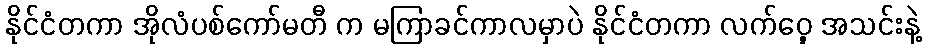
နိုင်ငံတကာ အိုလံပစ်ကော်မတီ က မကြာခင်ကာလမှာပဲ နိုင်ငံတကာ လက်ဝှေ့ အသင်းနဲ့